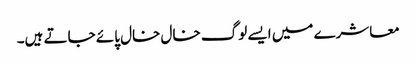
معاشرے میں ایسے لوگ خال خال پائے جاتے ہیں۔